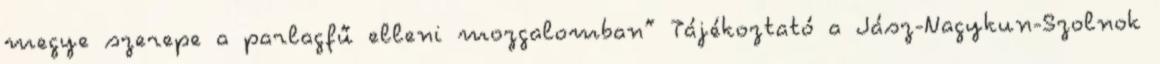
megye szerepe a parlagfű elleni mozgalomban” Tájékoztató a Jász-Nagykun-Szolnok